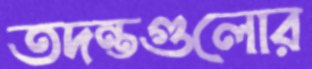
তদন্তগুলোর